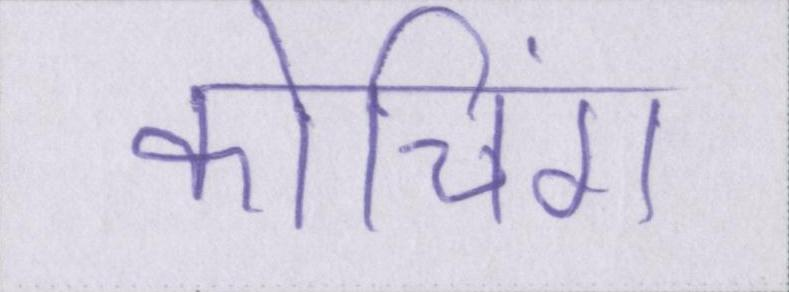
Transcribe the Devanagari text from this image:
कोचिंग